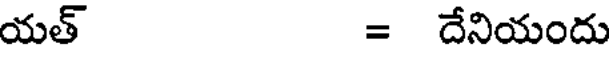
యత్ = దేనియందు